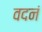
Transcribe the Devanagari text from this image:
वदनं